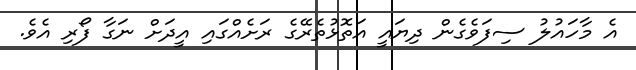
އެ މާހައުލު ސިފަވެގެން ދިޔައީ އަތޮޅުތެރޭގެ ރަށެއްގައި އީދަށް ނަގާ ފޯރި އެވެ.